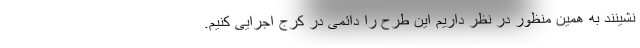
نشینند به همین منظور در نظر داریم این طرح را دائمی در کرج اجرایی کنیم.